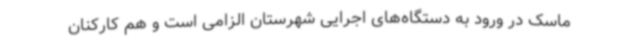
ماسک در ورود به دستگاه‌های اجرایی شهرستان الزامی است و هم کارکنان